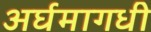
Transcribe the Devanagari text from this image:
अर्घमागधी